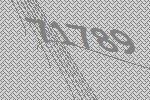
71789